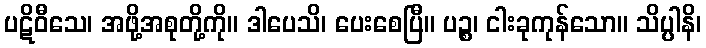
ပဋိဝီသေ၊ အဖို့အစုတို့ကို။ ဒါပေသိ၊ ပေးစေပြီ။ ပဉ္စ၊ ငါးခုကုန်သော။ သိပ္ပါနိ၊